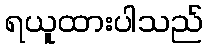
ရယူထားပါသည်